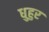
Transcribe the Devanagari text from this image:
धुहुर